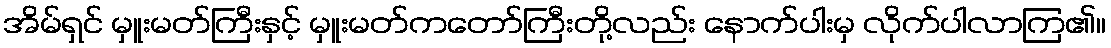
အိမ်ရှင် မှူးမတ်ကြီးနှင့် မှူးမတ်ကတော်ကြီးတို့လည်း နောက်ပါးမှ လိုက်ပါလာကြ၏။